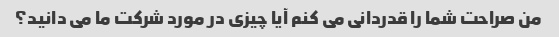
من صراحت شما را قدردانی می کنم آیا چیزی در مورد شرکت ما می دانید؟